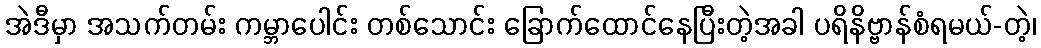
အဲဒီမှာ အသက်တမ်း ကမ္ဘာပေါင်း တစ်သောင်း ခြောက်ထောင်နေပြီးတဲ့အခါ ပရိနိဗ္ဗာန်စံရမယ်-တဲ့၊